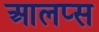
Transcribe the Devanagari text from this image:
आलप्स